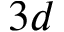
3 d